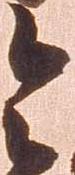
令